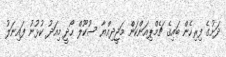
ދަށުގެ ފިރިހެން ބައިގެ ޗެމްޕިއަންކަން މަޖީދިއްޔާ ސުކޫލް ހޯދީ މިއަދު ކުޅުނު ފައިނަލު